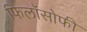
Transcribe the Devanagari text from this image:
फिलॉसोफी